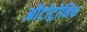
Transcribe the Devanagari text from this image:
ऑटोट्रोनिक